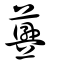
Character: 虋